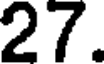
27.